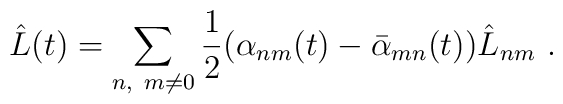
\hat L(t)=\sum_{n,\ m\neq 0} {1 \over 2}(\alpha_{nm}(t)-\bar\alpha_{mn}(t))\hat L_{nm}\ .